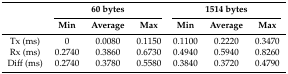
<table><thead><tr><td>[EMPTY_CELL]</td><td colspan="3"><b>60 bytes</b></td><td colspan="3"><b>1514 bytes</b></td></tr><tr><td>[EMPTY_CELL]</td><td><b>Min</b></td><td><b>Average</b></td><td><b>Max</b></td><td><b>Min</b></td><td><b>Average</b></td><td><b>Max</b></td></tr></thead><tbody><tr><td>Tx (ms)</td><td>0</td><td>0.0080</td><td>0.1150</td><td>0.1100</td><td>0.2220</td><td>0.3470</td></tr><tr><td>Rx (ms)</td><td>0.2740</td><td>0.3860</td><td>0.6730</td><td>0.4940</td><td>0.5940</td><td>0.8260</td></tr><tr><td>Diff (ms)</td><td>0.2740</td><td>0.3780</td><td>0.5580</td><td>0.3840</td><td>0.3720</td><td>0.4790</td></tr></tbody></table>